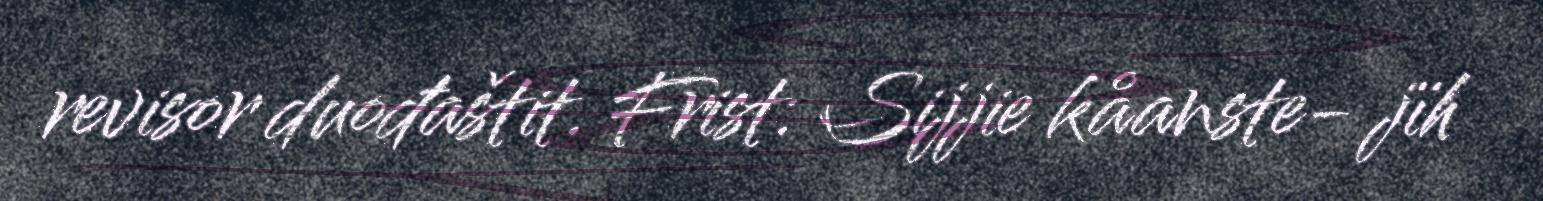
revisor duođaštit. Frist: Sijjie kåanste- jïh